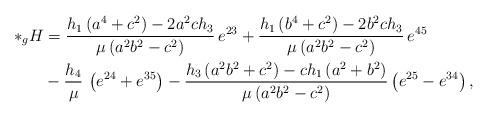
LaTeX: \begin{align*}*_gH &= \frac{h_1\left(a^4+ c^2\right) - 2a^2c h_3 }{\mu\left(a^2b^2 - c^2\right)}\, e^{23} + \frac{ h_1\left(b^4 + c^2\right) - 2b^2ch_3}{\mu\left(a^2b^2 - c^2\right)}\, e^{45}\\&-\frac{h_4}{\mu}\, \left(e^{24}+e^{35}\right) - \frac{h_3\left( a^2 b^2 + c^2\right) -c h_1\left( a^2 + b^2\right) }{\mu\left(a^2b^2 - c^2\right)} \left(e^{25}-e^{34}\right),\end{align*}